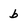
Character: b